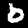
Digit: 0